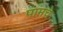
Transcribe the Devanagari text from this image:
पामचे